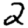
Digit: 2